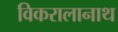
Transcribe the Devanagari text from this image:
विकरालानाथ